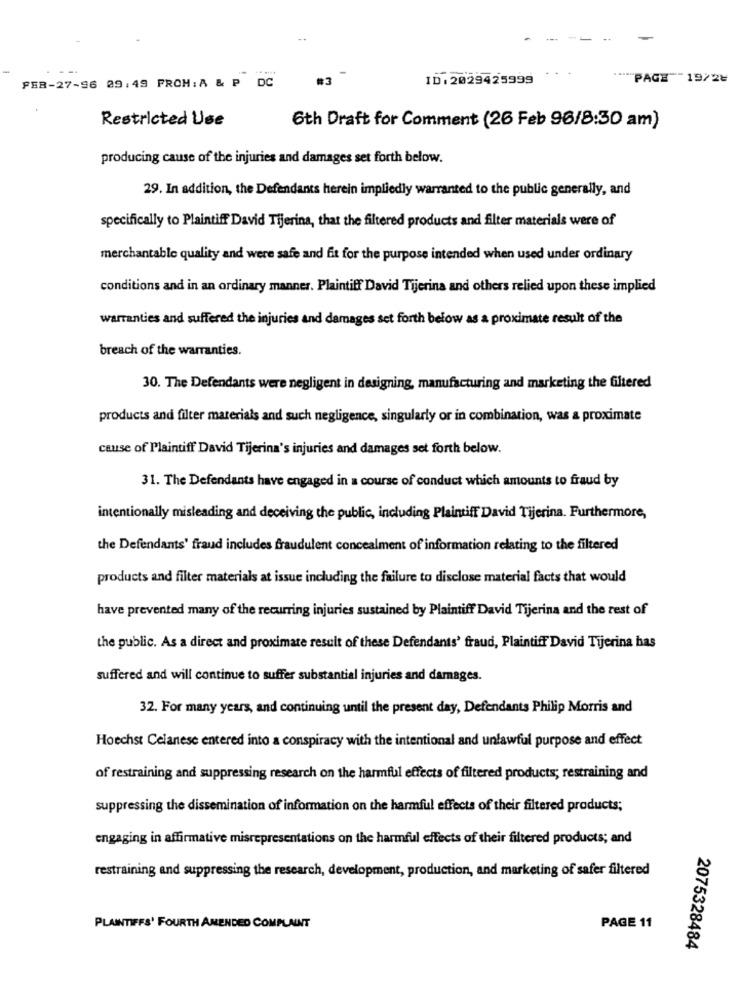
--
PER-27-96 09:49 PROM: A & P DC
#3
ID: 2029425999
PAGE 19/2₺
Restricted Use
6th Draft for Comment (26 Feb 96/8:30 am)
producing cause of the injuries and damages set forth below.
29. In addition, the Defendants herein impliedly warranted to the public generally, and
specifically to Plaintiff David Tijerina, that the filtered products and filter materials were of
merchantable quality and were safe and fit for the purpose intended when used under ordinary
conditions and in an ordinary manner. Plaintiff David Tijerina and others relied upon these implied
warranties and suffered the injuries and damages set forth below as a proximate result of the
breach of the warranties.
30. The Defendants were negligent in designing, manufacturing and marketing the filtered
products and filter materials and such negligence, singularly or in combination, was & proximate
cause of Plaintiff David Tijerina's injuries and damages set forth below.
31. The Defendants have engaged in a course of conduct which amounts to fraud by
intentionally misleading and deceiving the public, including Plaintiff David Tijerina. Furthermore,
the Defendants' fraud includes fraudulent concealment of information relating to the filtered
products and filter materials at issue including the failure to disclose material facts that would
have prevented many of the recurring injuries sustained by Plaintiff David Tijerina and the rest of
the public. As a direct and proximate result of these Defendants' fraud, Plaintiff David Tijerina has
suffered and will continue to suffer substantial injuries and damages.
32. For many years, and continuing until the present day, Defendants Philip Morris and
Hoechst Celanese entered into a conspiracy with the intentional and unlawful purpose and effect
of restraining and suppressing research on the harmful effects of filtered products; restraining and
suppressing the dissemination of information on the harmful effects of their filtered products;
engaging in affirmative misrepresentations on the harmful effects of their filtered products; and
restraining and suppressing the research, development, production, and marketing of safer filtered
PLAINTIFFS' FOURTH AMENDED COMPLAINT
PAGE 11
2075328484